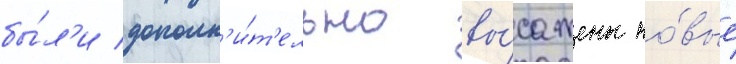
бы́л'и дополн'и́т'ельно вы́сажены но́вые